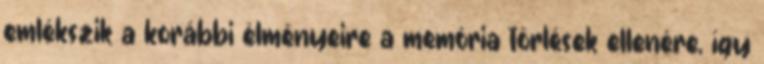
emlékszik a korábbi élményeire a memória törlések ellenére, így